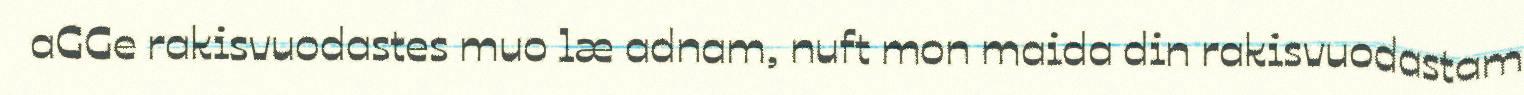
aGGe rakisvuodastes muo læ adnam, nuft mon maida din rakisvuodastam